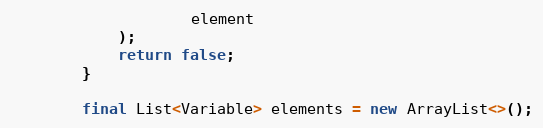
Language: Java
                    element
            );
            return false;
        }

        final List<Variable> elements = new ArrayList<>();